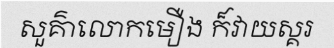
សួគ៌ាលោកមឿង ក៏វាយស្គរ